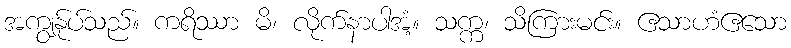
အကျွန်ုပ်သည်။ ကရိဿာ မိ၊ လိုက်နာပါအံ့။ သက္က၊ သိကြားမင်း။ ဧသာဟံဧသော